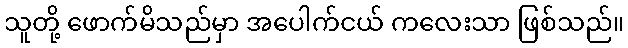
သူတို့ ဖောက်မိသည်မှာ အပေါက်ငယ် ကလေးသာ ဖြစ်သည်။